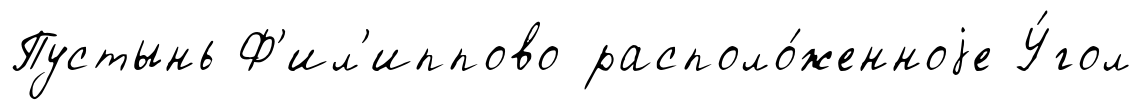
Пустынь Ф'ил'иппово располо́женноjе У́гол